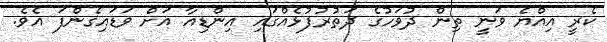
ކެރީ އިއްޔެ ވަނީ ތިން ދުވަހުގެ ދަތުރުފުޅެއްގައި އިންޑިއާ އަށް ވަޑައިގެންފަ އެވެ.